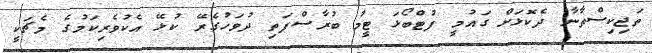
ތަޖިކިސްތާނާ ދެކޮޅަށް ގައުމީ ފުޓްބޯޅަ ޓީމު ބުރާސްފަތި ދުވަހުގެރޭ ކުޅޭ އެކުވެރިކަމުގެ މެޗަކީ